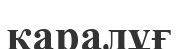
қаралұғ